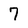
Character: 7